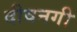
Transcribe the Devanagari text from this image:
दीवनगी